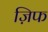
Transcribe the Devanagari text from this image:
ज़िफ